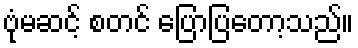
ဗုံမဆင့် စတင် ပြောပြတော့သည်။